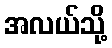
အလယ်သို့